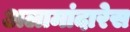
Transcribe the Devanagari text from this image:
अलामांदारेस